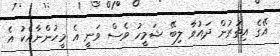
އޭގެ އިތުރުން ދައުވާ ލިބޭ ޝަމީހު ވެސް ވަނީ އެ މީހުންނާއެކު އެ